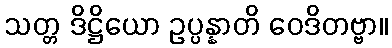
သတ္တ ဒိဋ္ဌိယော ဥပ္ပန္နာတိ ဝေဒိတဗ္ဗာ။